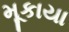
મૂકાયા